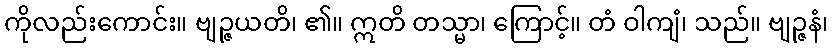
ကိုလည်းကောင်း။ ဗျဉ္ဇယတိ၊ ၏။ ဣတိ တသ္မာ၊ ကြောင့်။ တံ ဝါကျံ၊ သည်။ ဗျဉ္ဇနံ၊